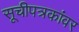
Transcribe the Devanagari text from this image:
सूचीपत्रकांवर